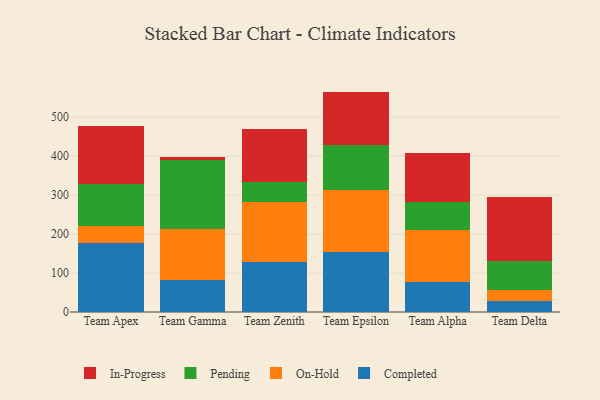
{"axis": {"x": "Team", "y": "Active Users"}, "legend": ["Completed", "In-Progress", "On-Hold", "Pending"], "data": [{"x": "Team Apex", "y": 176.7, "type": "Completed"}, {"x": "Team Apex", "y": 44.0, "type": "On-Hold"}, {"x": "Team Apex", "y": 108.2, "type": "Pending"}, {"x": "Team Apex", "y": 147.8, "type": "In-Progress"}, {"x": "Team Gamma", "y": 82.4, "type": "Completed"}, {"x": "Team Gamma", "y": 131.4, "type": "On-Hold"}, {"x": "Team Gamma", "y": 175.2, "type": "Pending"}, {"x": "Team Gamma", "y": 9.7, "type": "In-Progress"}, {"x": "Team Zenith", "y": 129.3, "type": "Completed"}, {"x": "Team Zenith", "y": 152.3, "type": "On-Hold"}, {"x": "Team Zenith", "y": 53.1, "type": "Pending"}, {"x": "Team Zenith", "y": 135.9, "type": "In-Progress"}, {"x": "Team Epsilon", "y": 154.4, "type": "Completed"}, {"x": "Team Epsilon", "y": 159.3, "type": "On-Hold"}, {"x": "Team Epsilon", "y": 113.8, "type": "Pending"}, {"x": "Team Epsilon", "y": 138.1, "type": "In-Progress"}, {"x": "Team Alpha", "y": 77.8, "type": "Completed"}, {"x": "Team Alpha", "y": 132.4, "type": "On-Hold"}, {"x": "Team Alpha", "y": 72.0, "type": "Pending"}, {"x": "Team Alpha", "y": 125.2, "type": "In-Progress"}, {"x": "Team Delta", "y": 28.7, "type": "Completed"}, {"x": "Team Delta", "y": 28.0, "type": "On-Hold"}, {"x": "Team Delta", "y": 74.1, "type": "Pending"}, {"x": "Team Delta", "y": 164.1, "type": "In-Progress"}]}